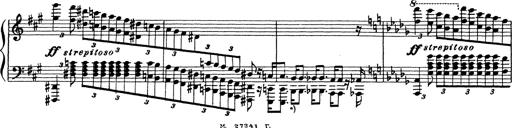
Title: Ballade No.1
Composer: Richard St. Clair